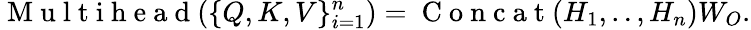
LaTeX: \mathrm{~M~u~l~t~i~h~e~a~d~}(\{ Q,K,V\} _{i=1}^{n})=\mathrm{~C~o~n~c~a~t~}(H_{1},..,H_{n})W_{O}.